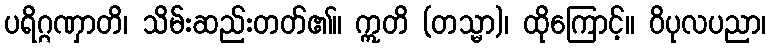
ပရိဂ္ဂဏှာတိ၊ သိမ်းဆည်းတတ်၏။ ဣတိ (တသ္မာ)၊ ထိုကြောင့်။ ဝိပုလပညာ၊